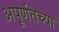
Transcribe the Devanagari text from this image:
अपूर्णतेच्या